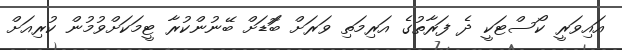
އައިވަރީ ކޯސްޓަކީ ދެ ފަރާތުގެ އަރިމަތި ވަރަށް ބޮަޑަށް ބޭނުންކުރާ ޓީމަކަށްވުމުން ކުރިއަށް